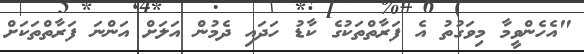
"އެހެންވީމާ މިވަގުތު އެ ފަރާތްތަކުގެ ކާޑު ހަދައި ދެމުން އަލަށް އަންނަ ފަރާތްތަކަށް